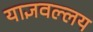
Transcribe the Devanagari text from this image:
याज्ञवल्लय